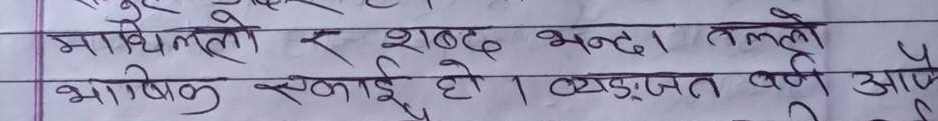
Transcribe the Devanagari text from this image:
माधिललो र शव्द भन्दा।
भाषिक इकाई हो। व्यञ्जन वर्ण आफै